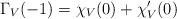
LaTeX: \begin{align*}\Gamma_V(-1) =\chi_V(0)+\chi_V'(0)\end{align*}